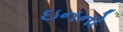
ઇનનો